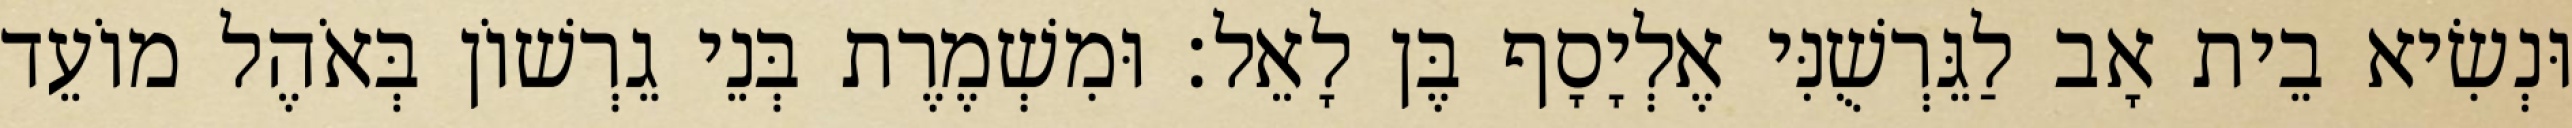
וּנְשִׂיא בֵית אָב לַגֵּרְשֻׁנִּי אֶלְיָסָף בֶּן לָאֵל׃ וּמִשְׁמֶרֶת בְּנֵי גֵרְשׁוֹן בְּאֹהֶל מוֹעֵד